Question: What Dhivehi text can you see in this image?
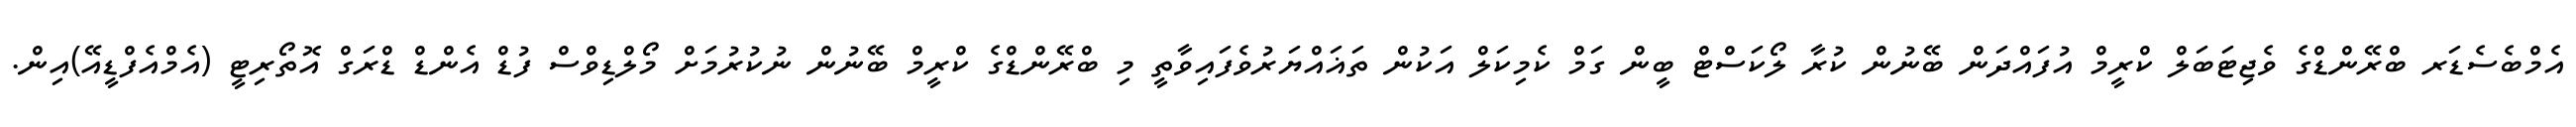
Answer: އެމްބެސެޑަރ ބްރޭންޑްގެ ވެޖިޓަބަލް ކްރީމް އުފައްދަން ބޭނުން ކުރާ ލޯކަސްޓް ބީން ގަމް ކެމިކަލް އަކުން ތަޣައްޔަރުވެފައިވާތީ މި ބްރޭންޑްގެ ކްރީމް ބޭނުން ނުކުރުމަށް މޯލްޑިވްސް ފުޑް އެންޑް ޑްރަގް އޮތޯރިޓީ (އެމްއެފްޑީއޭ)އިން.